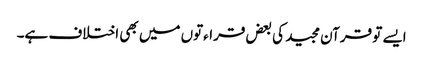
ایسے تو قرآن مجید کی بعض قراءتوں میں بھی اختلاف ہے۔